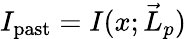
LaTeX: I_{\mathrm{past}}=I(x;\vec{L}_{p})